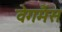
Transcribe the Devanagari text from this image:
वेगमैंस